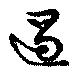
遏